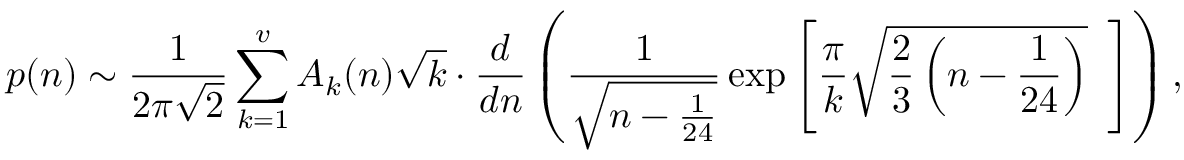
p ( n ) \sim { \frac { 1 } { 2 \pi { \sqrt { 2 } } } } \sum _ { k = 1 } ^ { v } A _ { k } ( n ) { \sqrt { k } } \cdot { \frac { d } { d n } } \left( { { \frac { 1 } { \sqrt { n - { \frac { 1 } { 2 4 } } } } } \exp \left[ { { \frac { \pi } { k } } { \sqrt { { \frac { 2 } { 3 } } \left( n - { \frac { 1 } { 2 4 } } \right) } } } \, \, \, \right] } \right) ,